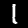
Digit: 1